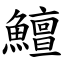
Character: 鱣